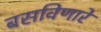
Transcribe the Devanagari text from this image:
बसविणारे